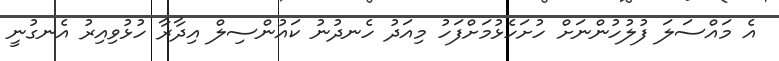
އެ މައްސަލަ ފުލުހުންނަށް ހުށަހެޅުމަށްފަހު މިއަދު ހެނދުނު ކައުންސިލް އިދާރާ ހުޅުވިއިރު އެނގުނީ